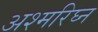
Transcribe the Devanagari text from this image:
अश्मरिघ्न